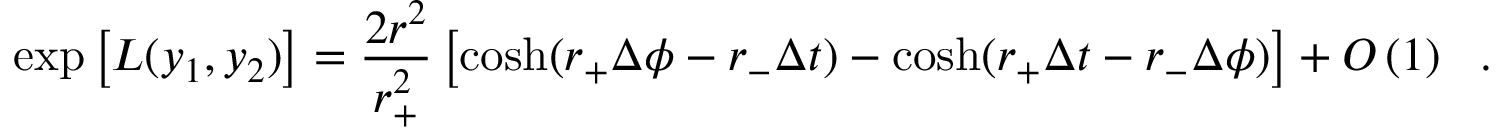
\exp \left[ L ( y _ { 1 } , y _ { 2 } ) \right] = \frac { 2 r ^ { 2 } } { r _ { + } ^ { 2 } } \left[ \cosh ( r _ { + } \Delta \phi - r _ { - } \Delta t ) - \cosh ( r _ { + } \Delta t - r _ { - } \Delta \phi ) \right] + O \left( 1 \right) \ \ .